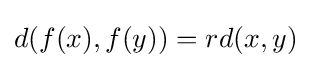
d(f(x),f(y))=rd(x,y)